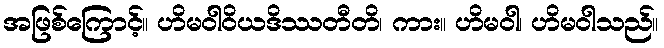
အဖြစ်ကြောင့်။ ဟိမဝါဝိယဒိဿတီတိ၊ ကား။ ဟိမဝါ၊ ဟိမဝါသည်။